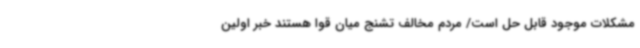
مشکلات موجود قابل حل است/ مردم مخالف تشنج میان قوا هستند خبر اولین